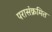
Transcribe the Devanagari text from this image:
परासंक्रमित